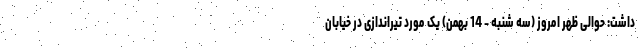
داشت: حوالی ظهر امروز (سه شنبه - 14 بهمن) یک مورد تیراندازی در خیابان